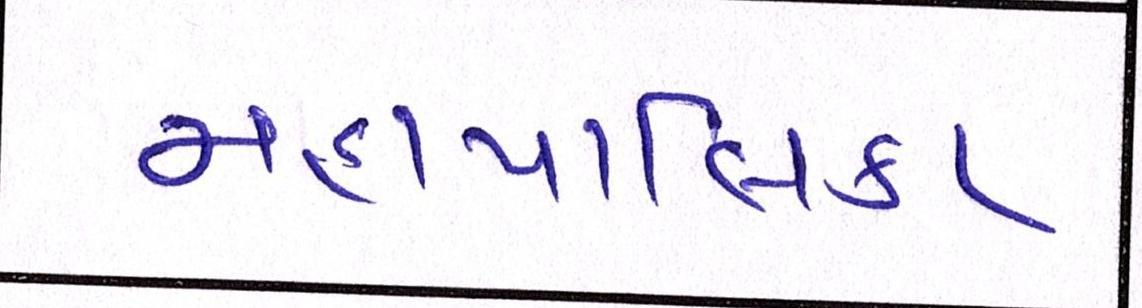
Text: મહાપાલિકા